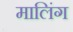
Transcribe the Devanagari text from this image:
मालिंग